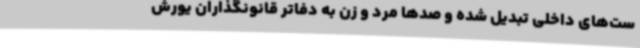
ست‌های داخلی تبدیل شده و صدها مرد و زن به دفاتر قانونگذاران یورش